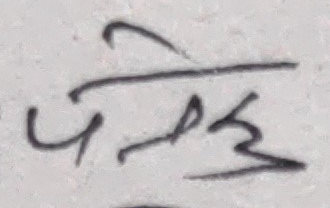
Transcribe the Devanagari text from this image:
पन्छि